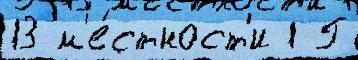
13 м'е́стност'и 1 Г